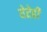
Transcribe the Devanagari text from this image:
येतेही